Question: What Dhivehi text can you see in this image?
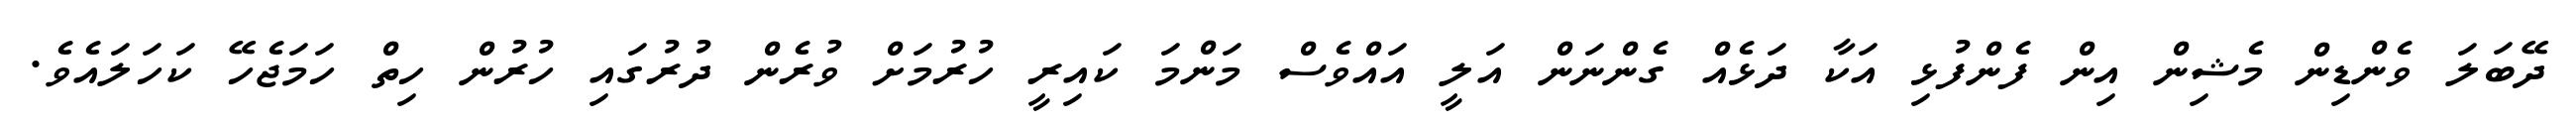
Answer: ދޭބަލަ ވެންޑިން މެޝިން އިން ފެންފުޅި އަކާ ދަޅެއް ގެންނަން އަލީ އައްވެސް މަންމަ ކައިރީ ހުރުމަށް ވުރެން ދުރުގައި ހުރުން ހިތް ހަމަޖެހޭ ކަހަލައެވެ.